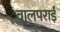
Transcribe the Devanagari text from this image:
वालपराई